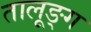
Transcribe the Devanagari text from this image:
तालूङ्ग